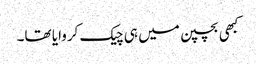
کبھی بچپن میں ہی چیک کروایا تھا۔